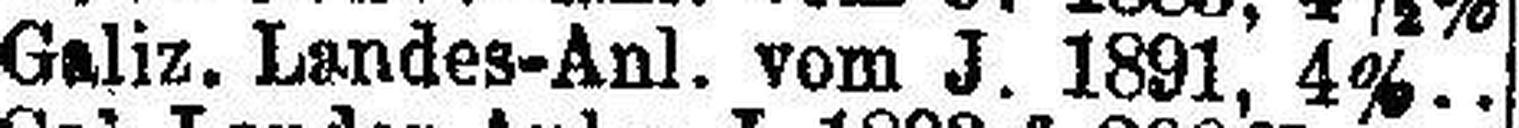
Galiz. Landes-Anl. vom J. 1891, 4%..